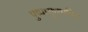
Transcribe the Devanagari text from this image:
पुष्पायुधमपि।।